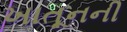
ખાતૂનની